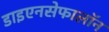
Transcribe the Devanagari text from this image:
डाइएनसेफालॉन